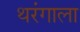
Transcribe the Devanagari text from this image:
थरंगाला